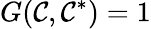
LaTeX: G(\mathcal{C},\mathcal{C}^{*})=1